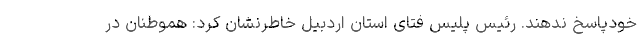
خودپاسخ ندهند. رئیس پلیس فتای استان اردبیل خاطرنشان کرد: هموطنان در